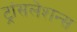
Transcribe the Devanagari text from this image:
ट्रांसलेशन्स